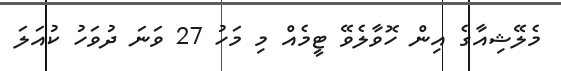
މެލޭޝިއާގެ އިން ހޮވާލެވޭ ޓީމެއް މި މަހު 27 ވަނަ ދުވަހު ކުއަލަ